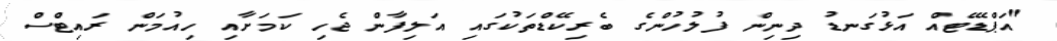
"އަޕްޑޭޓެއް އަޅުގަނޑު ދިނިން ފުލުހުންގެ ބެރިކޭޑްތަކުގައި އަލިފާން ޖެހި ކަމަށާއި ހިއުމަން ރައިޓްސް